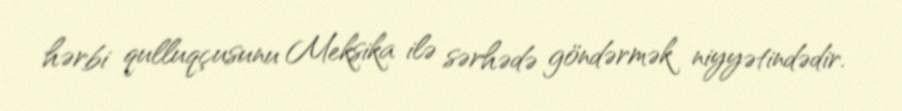
hərbi qulluqçusunu Meksika ilə sərhədə göndərmək niyyətindədir.